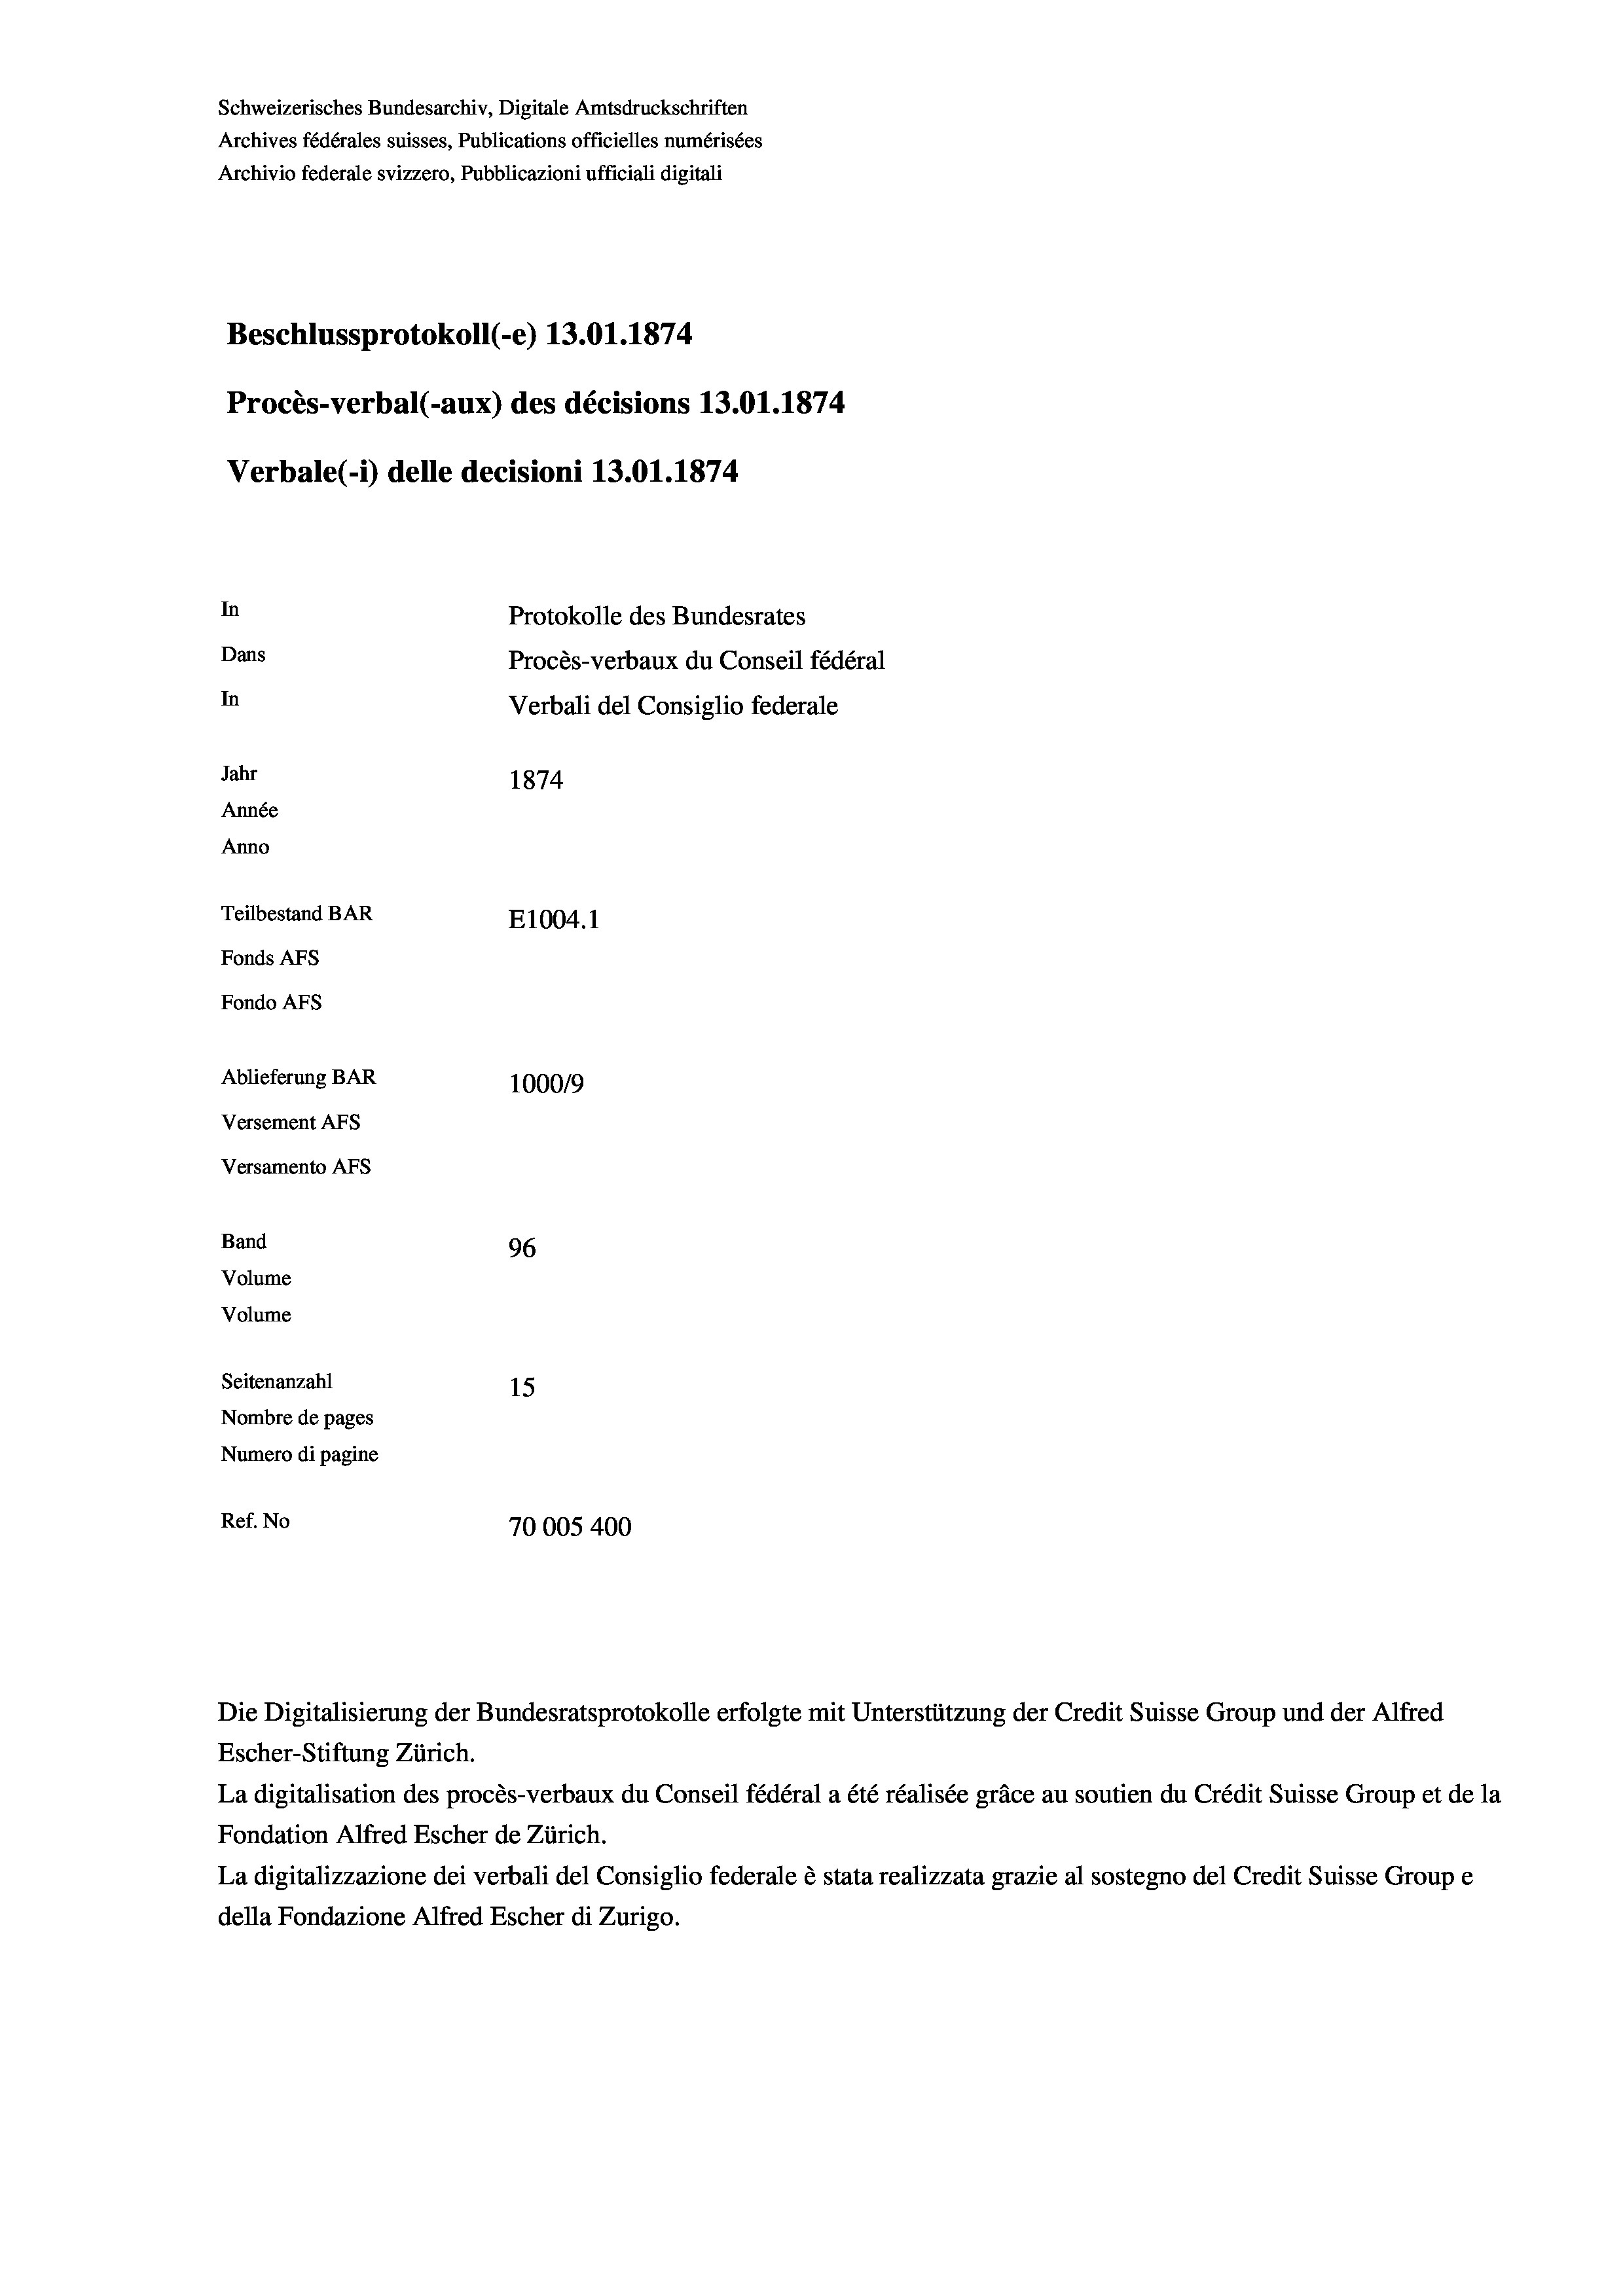
Schweizerisches Bundesarchiv, Digitale Amtsdruckschriften
Archives fédérales suisses, Publications officielles numérisées
Archivio federale svizzero, Pubblicazioni ufficiali digitali
Beschlussprotokoll (-e) 13.01. 1874.
Procès-verbal (-aux) des décisions 13.01. 1874
Verbale (1) delle decisioni 13.01. 1874
In
Protokolle des Bundesrates
Dans
Procès-verbaux du Conseil fédéral
In
Verbali del Consiglio federale
Jahr
1874
Année
Anno
Teilbestand BAR
E1004. 1
Fonds AFs
Fondo AFs
Ablieferung BAR
1000/9
Versement Abs
Versamento Afs
Band
96
Volume
Volume
Seitenanzahl
15

Nombre de pages
Numero di pagine
Ref. No
70005400

La digitalisation des procès-verbaux du Conseil fédéral a été réalisée gräce au soutien du Crédit Suisse Group et de la
Fondation Alfred Escher de Zürich.
La digitalizzazione dei verbali del Consiglio federale è stata realizzata grazie al sostegno del Credit Suisse Groupe
della Fondazione Alfred Escher di Zurigo.

Die Digitalisierung der Bundesratsprotokolle erfolgte mit Unterstützung der Credit Suisse Group und der Alfred
Escher-Stiftung Zürich.